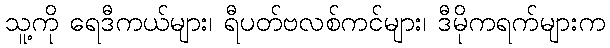
သူ့ကို ရေဒီကယ်များ၊ ရီပတ်ဗလစ်ကင်များ၊ ဒီမိုကရက်များက